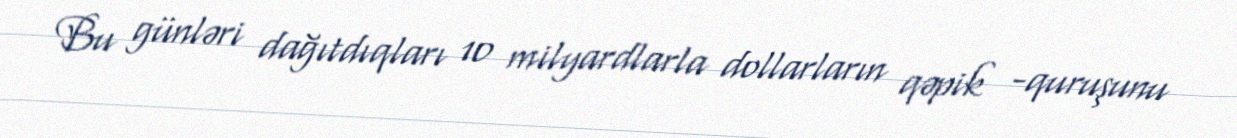
Bu günləri dağıtdıqları 10 milyardlarla dollarların qəpik -quruşunu